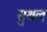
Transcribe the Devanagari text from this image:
सुथल